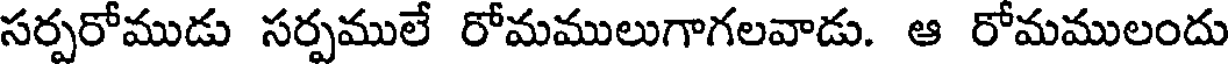
సర్పరోముడు సర్పములే రోమములుగాగలవాడు. ఆ రోమములందు